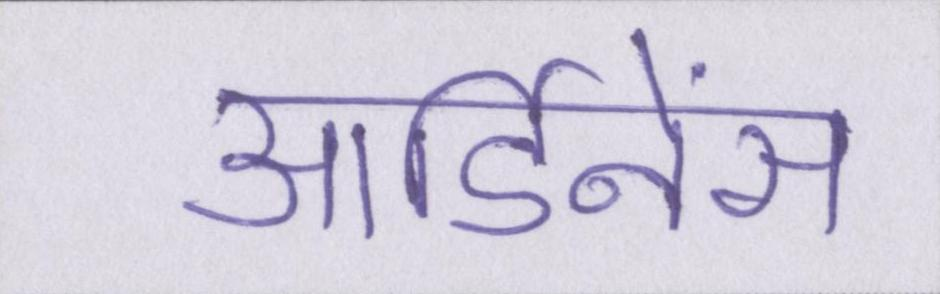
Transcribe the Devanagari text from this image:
आर्डिनेंस